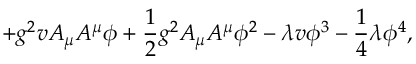
+ g ^ { 2 } v A _ { \mu } A ^ { \mu } \phi + \frac { 1 } { 2 } g ^ { 2 } A _ { \mu } A ^ { \mu } \phi ^ { 2 } - \lambda v \phi ^ { 3 } - \frac { 1 } { 4 } \lambda \phi ^ { 4 } ,